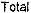
TOTAL